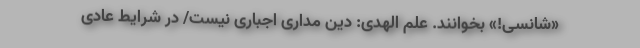
«شانسی!» بخوانند. علم الهدی: دین مداری اجباری نیست/ در شرایط عادی